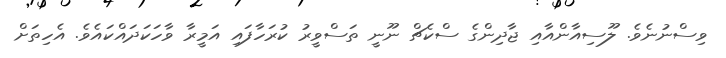
ވިސްނުނެވެ. ލޫސިއާންއާއި ޖާދިންގެ ސްކެޗް ނޫނީ ތަސްވީރު ކުރަހާފައި އަމީރާ ވާހަކަދައްކައެވެ. އެހިތަށް